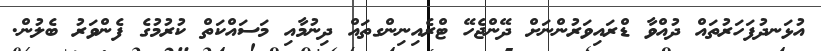
އުޅަނދުފަހަރުތައް ދުއްވާ ޑްރައިވަރުންނަށް ދޭންޖެހޭ ޓްރެއިނިންގތައް ދިނުމާއި މަސައްކަތް ކުރުމުގެ ފެންވަރު ބެލުން.